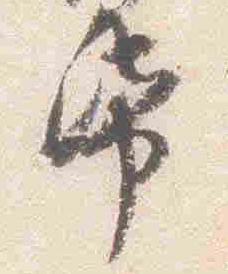
紙